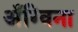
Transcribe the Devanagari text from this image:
अँग्विना